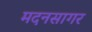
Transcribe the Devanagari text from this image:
मदनसागर